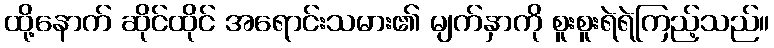
ထို့နောက် ဆိုင်ထိုင် အရောင်းသမား၏ မျက်နှာကို စူးစူးရဲရဲကြည့်သည်။